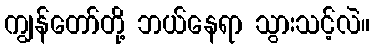
ကျွန်တော်တို့ ဘယ်နေရာ သွားသင့်လဲ။